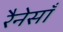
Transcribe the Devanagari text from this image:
रैनेसाँ